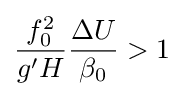
{\begin{aligned}{\frac {f_{0}^{2}}{g'H}}{\frac {\Delta U}{\beta _{0}}}>1\end{aligned}}